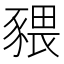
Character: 𧱨